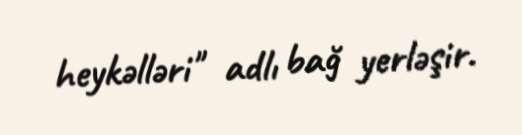
heykəlləri" adlı bağ yerləşir.